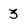
Character: 3